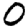
Digit: 0